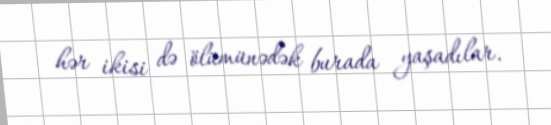
hər ikisi də ölümünədək burada yaşadılar.